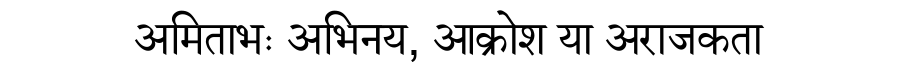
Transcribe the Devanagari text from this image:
अमिताभः अभिनय, आक्रोश या अराजकता